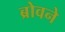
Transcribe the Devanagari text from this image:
ब्रोवने